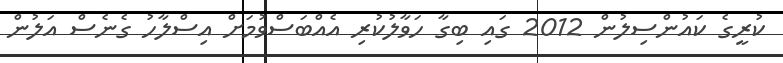
ކުރީގެ ކައުންސިލުން 2012 ގައި ބިގާ ހަވާލުކުރި އެއްބަސްވުމަށް އިސްލާހު ގެނެސް އަލުން